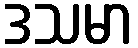
ဒသမာ